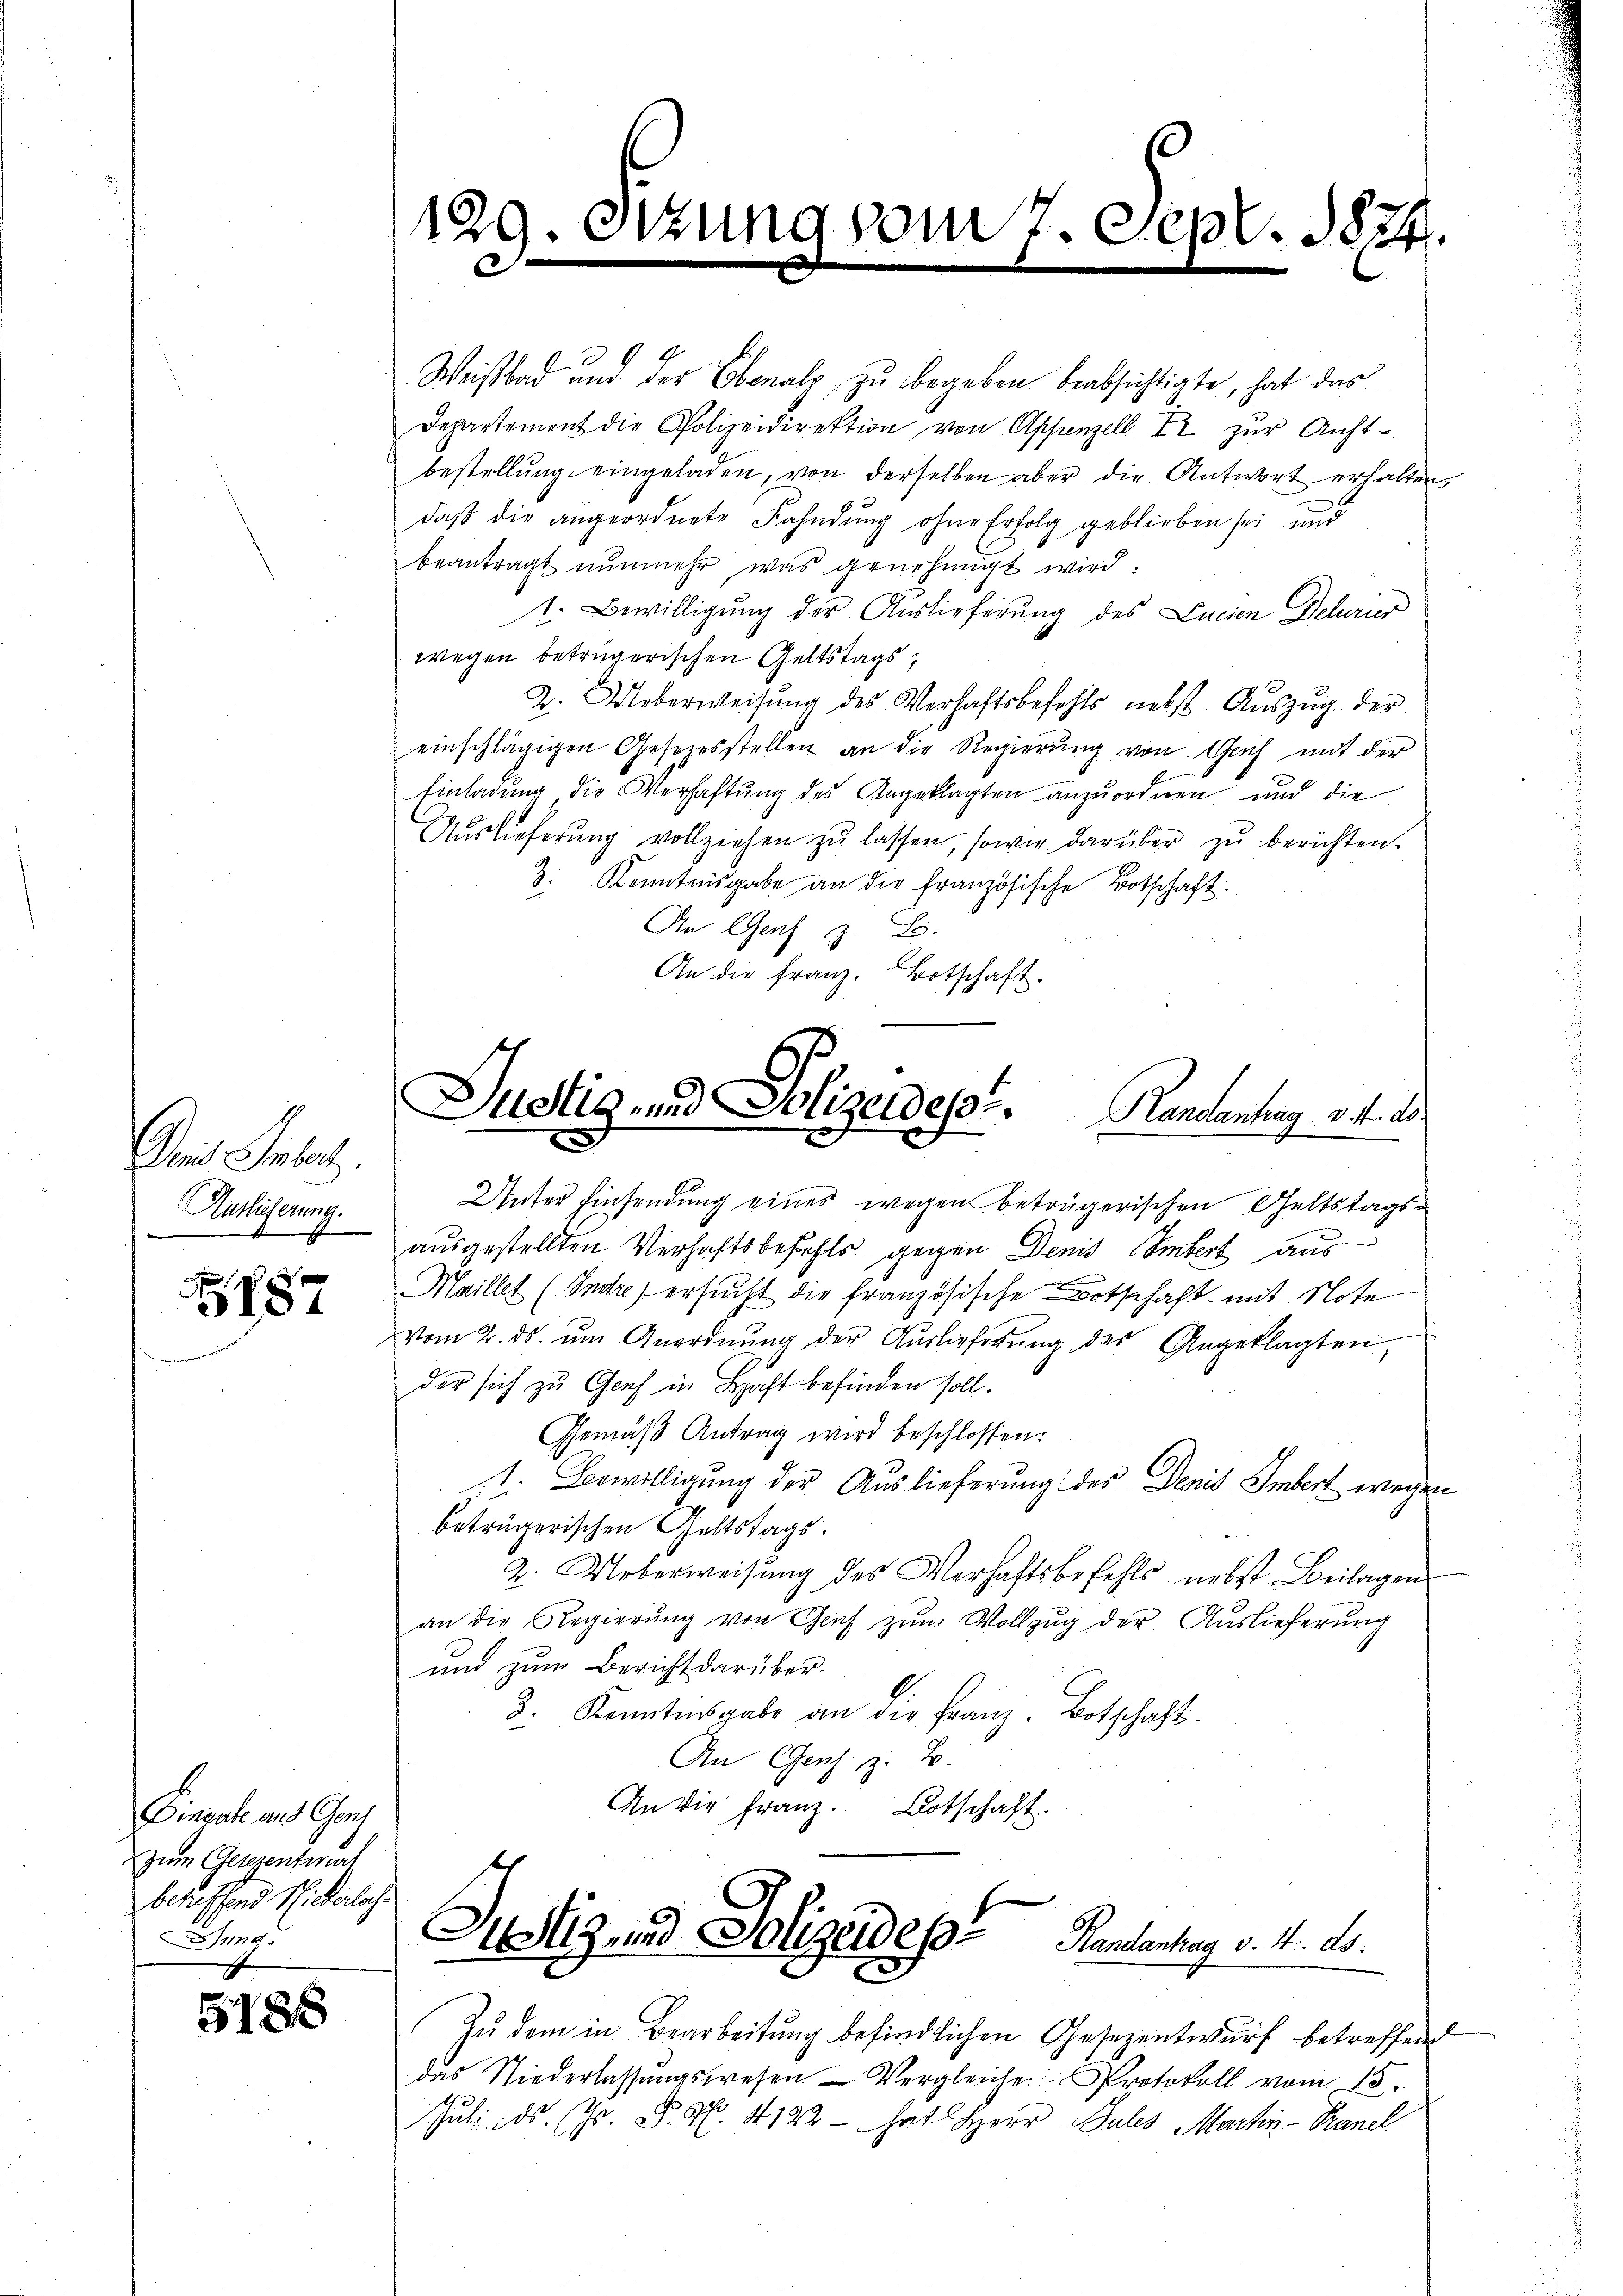
Damit Inbet.
Auslieferung.

3
3187

Finante aus Gonz
zum Gelegentwert
betreffend Niederlach.
ung

5188

Weißbad und der Ebenalp zu begeben beabsichtigte, hat das
Departement die Polizeidirektion von Appenzell Ir zŭr Aŭft-
bestellŭng eingeladen, von derselben aber die Antwort erhalten
daß die angeordnete Fahndung ohne Erfolg geblieben sei und
beantragt nŭnmehr, was genehmigt wird:
1. Bewilligung der Auslieferung des Lucien Delurier
wegen betrügerischen Geltstags,
Z. Ueberweisŭng des Verhaftsbefehls nebst Aŭszŭg. der
einschlägigen Gesetzesstellen an die Regierung von Genf mit der
Einladung die Verhaftung des Angeklagten anzuordnen und die
Aŭslieferŭng vollziehen zŭ lassen, sowie darüber zŭ berichten.
3. Kenntnisgabe an die französische Botschaft.
An Genf z. B.
An die Franz. Botschaft.

Unter Einsendung eines wegen beträgerischen Geltstagsausgestellten Verhaftsbefehls gegen Denis Imbert aus
Maillet (Endre, ersucht die französische Botschaft mit Note
vom 2. ds. ŭm Anordnŭng der Auslieferung des Angeklagten,
der sich zu Genf in Haft befinden soll.
Gemäß Antrag wird beschlossen:
1. Bewilligung der Auslieferung des Denis Imbert wegen
beträgerischen Geltstags.
2. Ueberweisung des Verhaftsbefehls nebst Beilagen
an die Regierŭng von Genf zŭm Vollzŭg der Auslieferŭng
und zum Bericht darüber.
b
3. Kenntnisgabe an die Franz. Botschaft.
An Gens z. B.
An die Franz. Botschaft.

129. Sitzung vom 7. Sept. 1874.
e

Justiz- und Polizeides Kanalantrag v. 4. d.

Zu dem in Bearbeitung befindlichen Gesezentwurf betreffend
das Niederlassŭngswesen Vergleiche Protokoll vom 15.
Juli ds. Gr. P. Nr. 4122 - hat Herr Jules Martin-Ranel

Justiz und Polizeidep
Randantrag v. 4. ds.